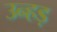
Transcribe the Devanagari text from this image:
उन्हड़